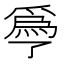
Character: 爳